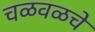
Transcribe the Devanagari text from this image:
चळवळचे